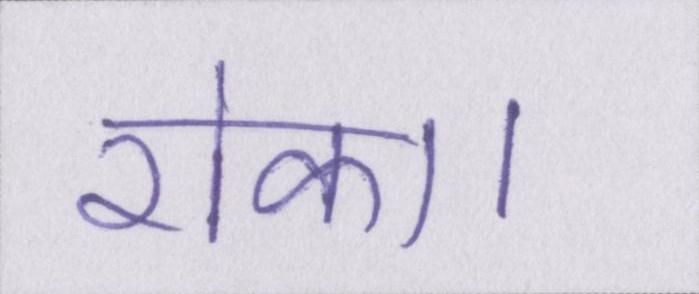
रोका।